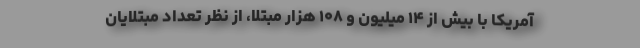
آمریکا با بیش از ۱۴ میلیون و ۱۰۸ هزار مبتلا، از نظر تعداد مبتلایان